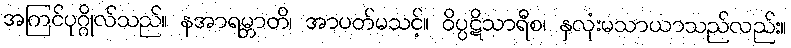
အကြင်ပုဂ္ဂိုလ်သည်။ နအာရမ္ဘာတိ၊ အာပတ်မသင့်။ ဝိပ္ပဋိသာရီစ၊ နှလုံးမသာယာသည်လည်း။